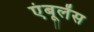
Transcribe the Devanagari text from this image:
एंबूलेंस